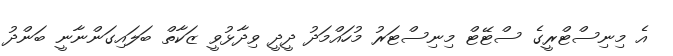
އެ މިނިސްޓްރީގެ ސްޓޭޓް މިނިސްޓަރު މުހައްމަދު ދީދީ ވިދާޅުވީ ޒަކާތް ބަލައިގަންނާނީ ބަންދު